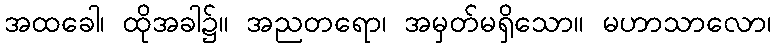
အထခေါ၊ ထိုအခါ၌။ အညတရော၊ အမှတ်မရှိသော။ မဟာသာလော၊